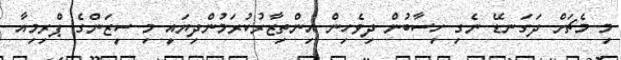
މި މެޗަށް ދަގަނޑޭ ނެގި ހިސާބުން ދިވެހިން އިންތިޒާރުކުރަމުންދިޔައީ މި ސީޒަންގެ ޕްރިމިއާ